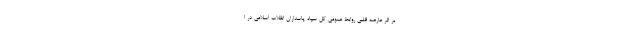
بر اثر عارضه قلبی روابط عمومی کل سپاه پاسداران انقلاب اسلامی در ا